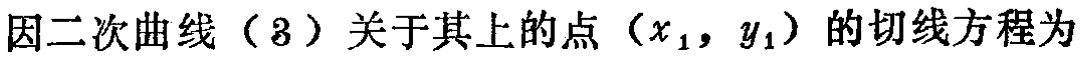
因二次曲线（3）关于其上的点\((x_1, y_1)\)的切线方程为